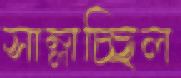
সাম্‌লাচ্ছিল